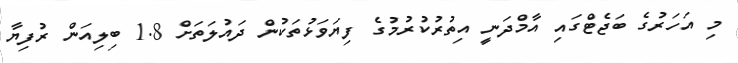
މި އަހަރުގެ ބަޖެޓްގައި އާމްދަނީ އިތުރުކުރުމުގެ ފިޔަވަޅުތަކުން ދައުލަތަށް 1.8 ބިލިއަން ރުފިޔާ